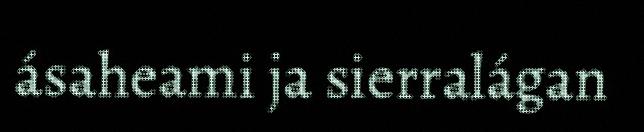
ásaheami ja sierralágan